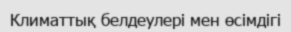
Климаттық белдеулері мен өсімдігі